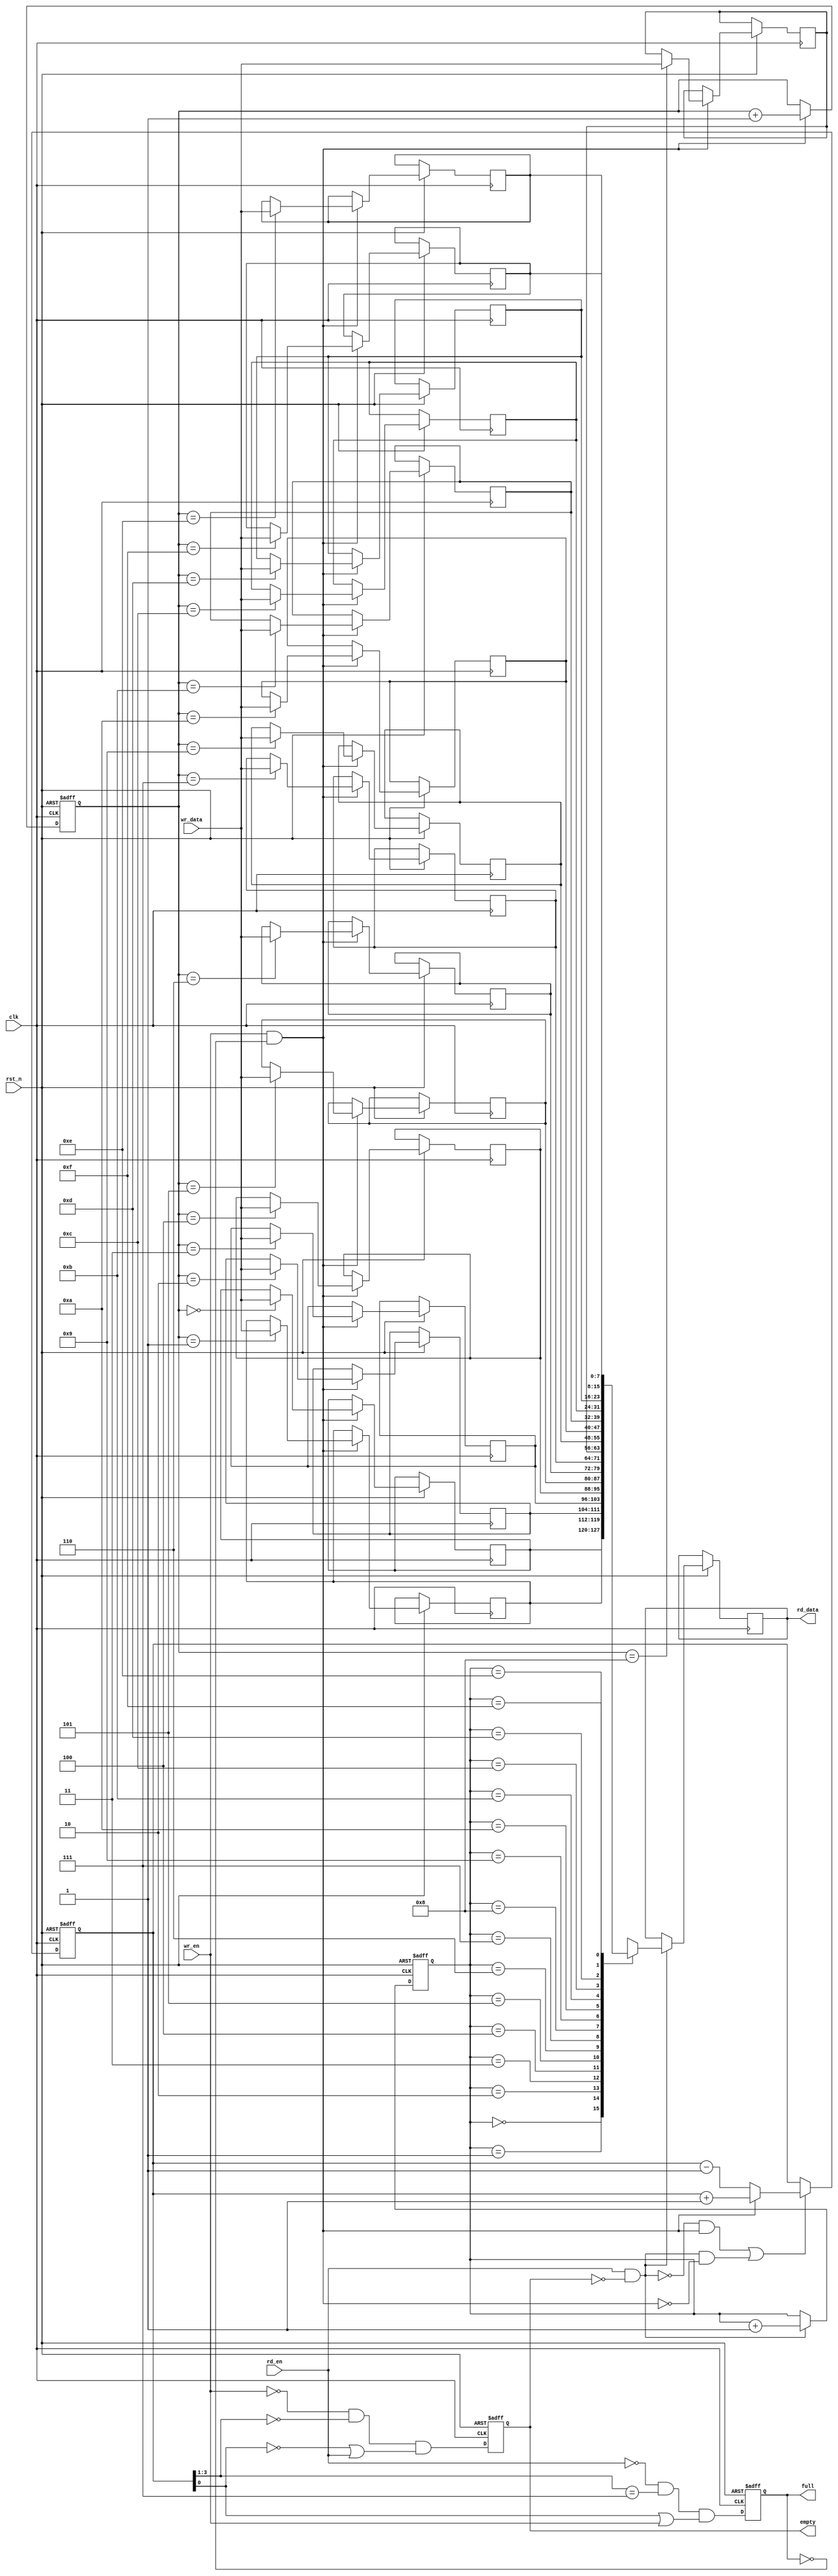
module    fifo #(parameter     data_width = 8,
                               data_depth = 16,
                               addr_width = 4)
(   input    wire                   clk,
    input    wire                   rst_n,
    input    wire                   wr_en,
    input    wire[data_width-1:0]   wr_data,
    input    wire                   rd_en,
    output   reg [data_width-1:0]   rd_data,
    output   reg                    full,
    output   reg                    empty
);
//addr
reg[addr_width-1:0]        wr_addr,rd_addr;
//memory
reg[data_width-1:0]        mem[data_depth-1:0];
//counter
reg[addr_width-1:0]        count;

wire                    rd_allow = rd_en && !empty;
wire                    wr_allow = wr_en && !full;


//empty
always @(posedge clk or negedge rst_n)
    if (!rst_n)
        empty <= 1'b1;
    else
        empty <= (!wr_en && count[addr_width-1:1]=='b0) && (count[0]==1'b0 || rd_en);

//full
always @(posedge clk or negedge rst_n)
    if (!rst_n)
        full <= 1'b0;
    else
        full <= (!rd_en && count[addr_width-1:1]=={addr_width-1{1'b1}})  && (count[0]==1'b1 || wr_en);

//rd_addr
always @(posedge clk or negedge rst_n)
    if (!rst_n)
        rd_addr <= 'd0;
    else if(rd_allow) begin
        rd_data <= mem[rd_addr];
        rd_addr <= rd_addr + 1'b1;
    end


//wr_addr
always @(posedge clk or negedge rst_n)
    if (!rst_n)
        wr_addr <= 'd0;
    else if(wr_allow) begin
        mem[wr_addr] <= wr_data;
        wr_addr <= wr_addr + 1'b1;
    end

always @(posedge clk or negedge rst_n)
    if (!rst_n)
        count <= 'd0;
    else if ( (!rd_allow && wr_allow) || (rd_allow && !wr_allow) ) begin
        if( wr_allow )
            count <= count + 1'b1;
        else
            count <= count - 1'b1;
    end

endmodule